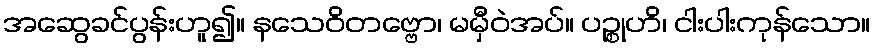
အဆွေခင်ပွန်းဟူ၍။ နသေဝိတဗ္ဗော၊ မမှီဝဲအပ်။ ပဉ္စုဟိ၊ ငါးပါးကုန်သော။